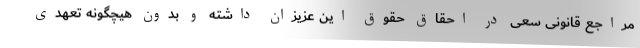
مراجع قانونی سعی در احقاق حقوق این عزیزان داشته و بدون هیچگونه تعهدی